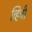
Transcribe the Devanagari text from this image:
व्हिची